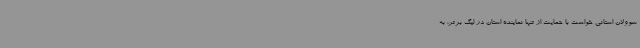
سوولان استانی خواست با حمایت از تنها نماینده استان در لیگ برتر، به